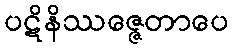
ပဋိနိဿဇ္ဇေတာပေ